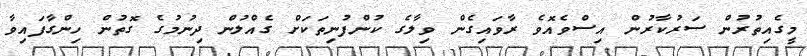
މީގެއިތުރުން ސަރުކާރުން އިސްވެއޮވެ ރާވައިގެން ވިލާގެ ކުންފުނިތަކަށް ގެއްލުން ދިނުމުގެ ގޮތުން ހިންގާފައިވާ